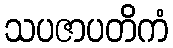
သပဇာပတိကံ